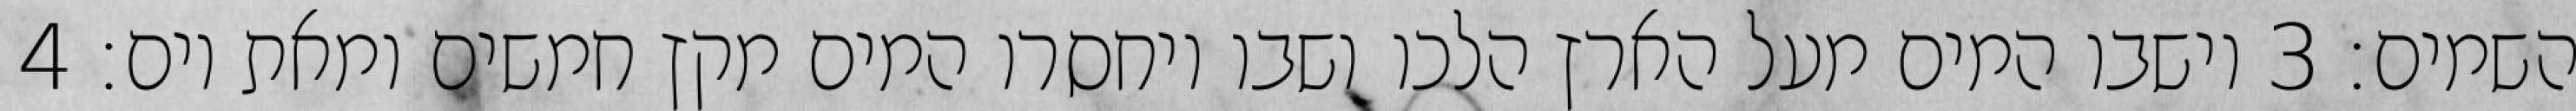
השמים׃ ‎3‏ וישבו המים מעל הארץ הלכו ושבו ויחסרו המים מקץ חמשים ומאת יום׃ ‎4‏